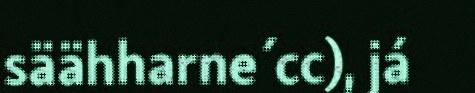
säähharne´cc), já